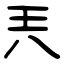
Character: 兲